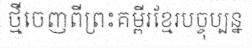
ថ្មីចេញពីព្រះគម្ពីរខ្មែរបច្ចុប្បន្ន